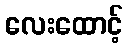
လေးထောင့်